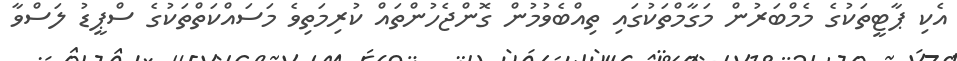
އެކި ޕާޓީތަކުގެ މެމްބަރުން މަގާމްތަކުގައި ތިއްބެވުމުން ގޮންޖެހުންތައް ކުރިމަތިވެ މަސައްކަތްތަކުގެ ސްޕީޑު ލަސްވާ